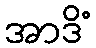
အာဒိံ